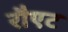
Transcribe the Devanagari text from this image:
रौएट